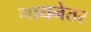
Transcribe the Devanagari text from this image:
गायनेतर